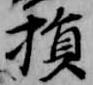
損